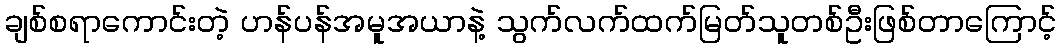
ချစ်စရာကောင်းတဲ့ ဟန်ပန်အမူအယာနဲ့ သွက်လက်ထက်မြတ်သူတစ်ဦးဖြစ်တာကြောင့်